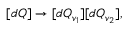
[ d Q ] \rightarrow [ d Q _ { v _ { 1 } } ] [ d Q _ { v _ { 2 } } ] ,